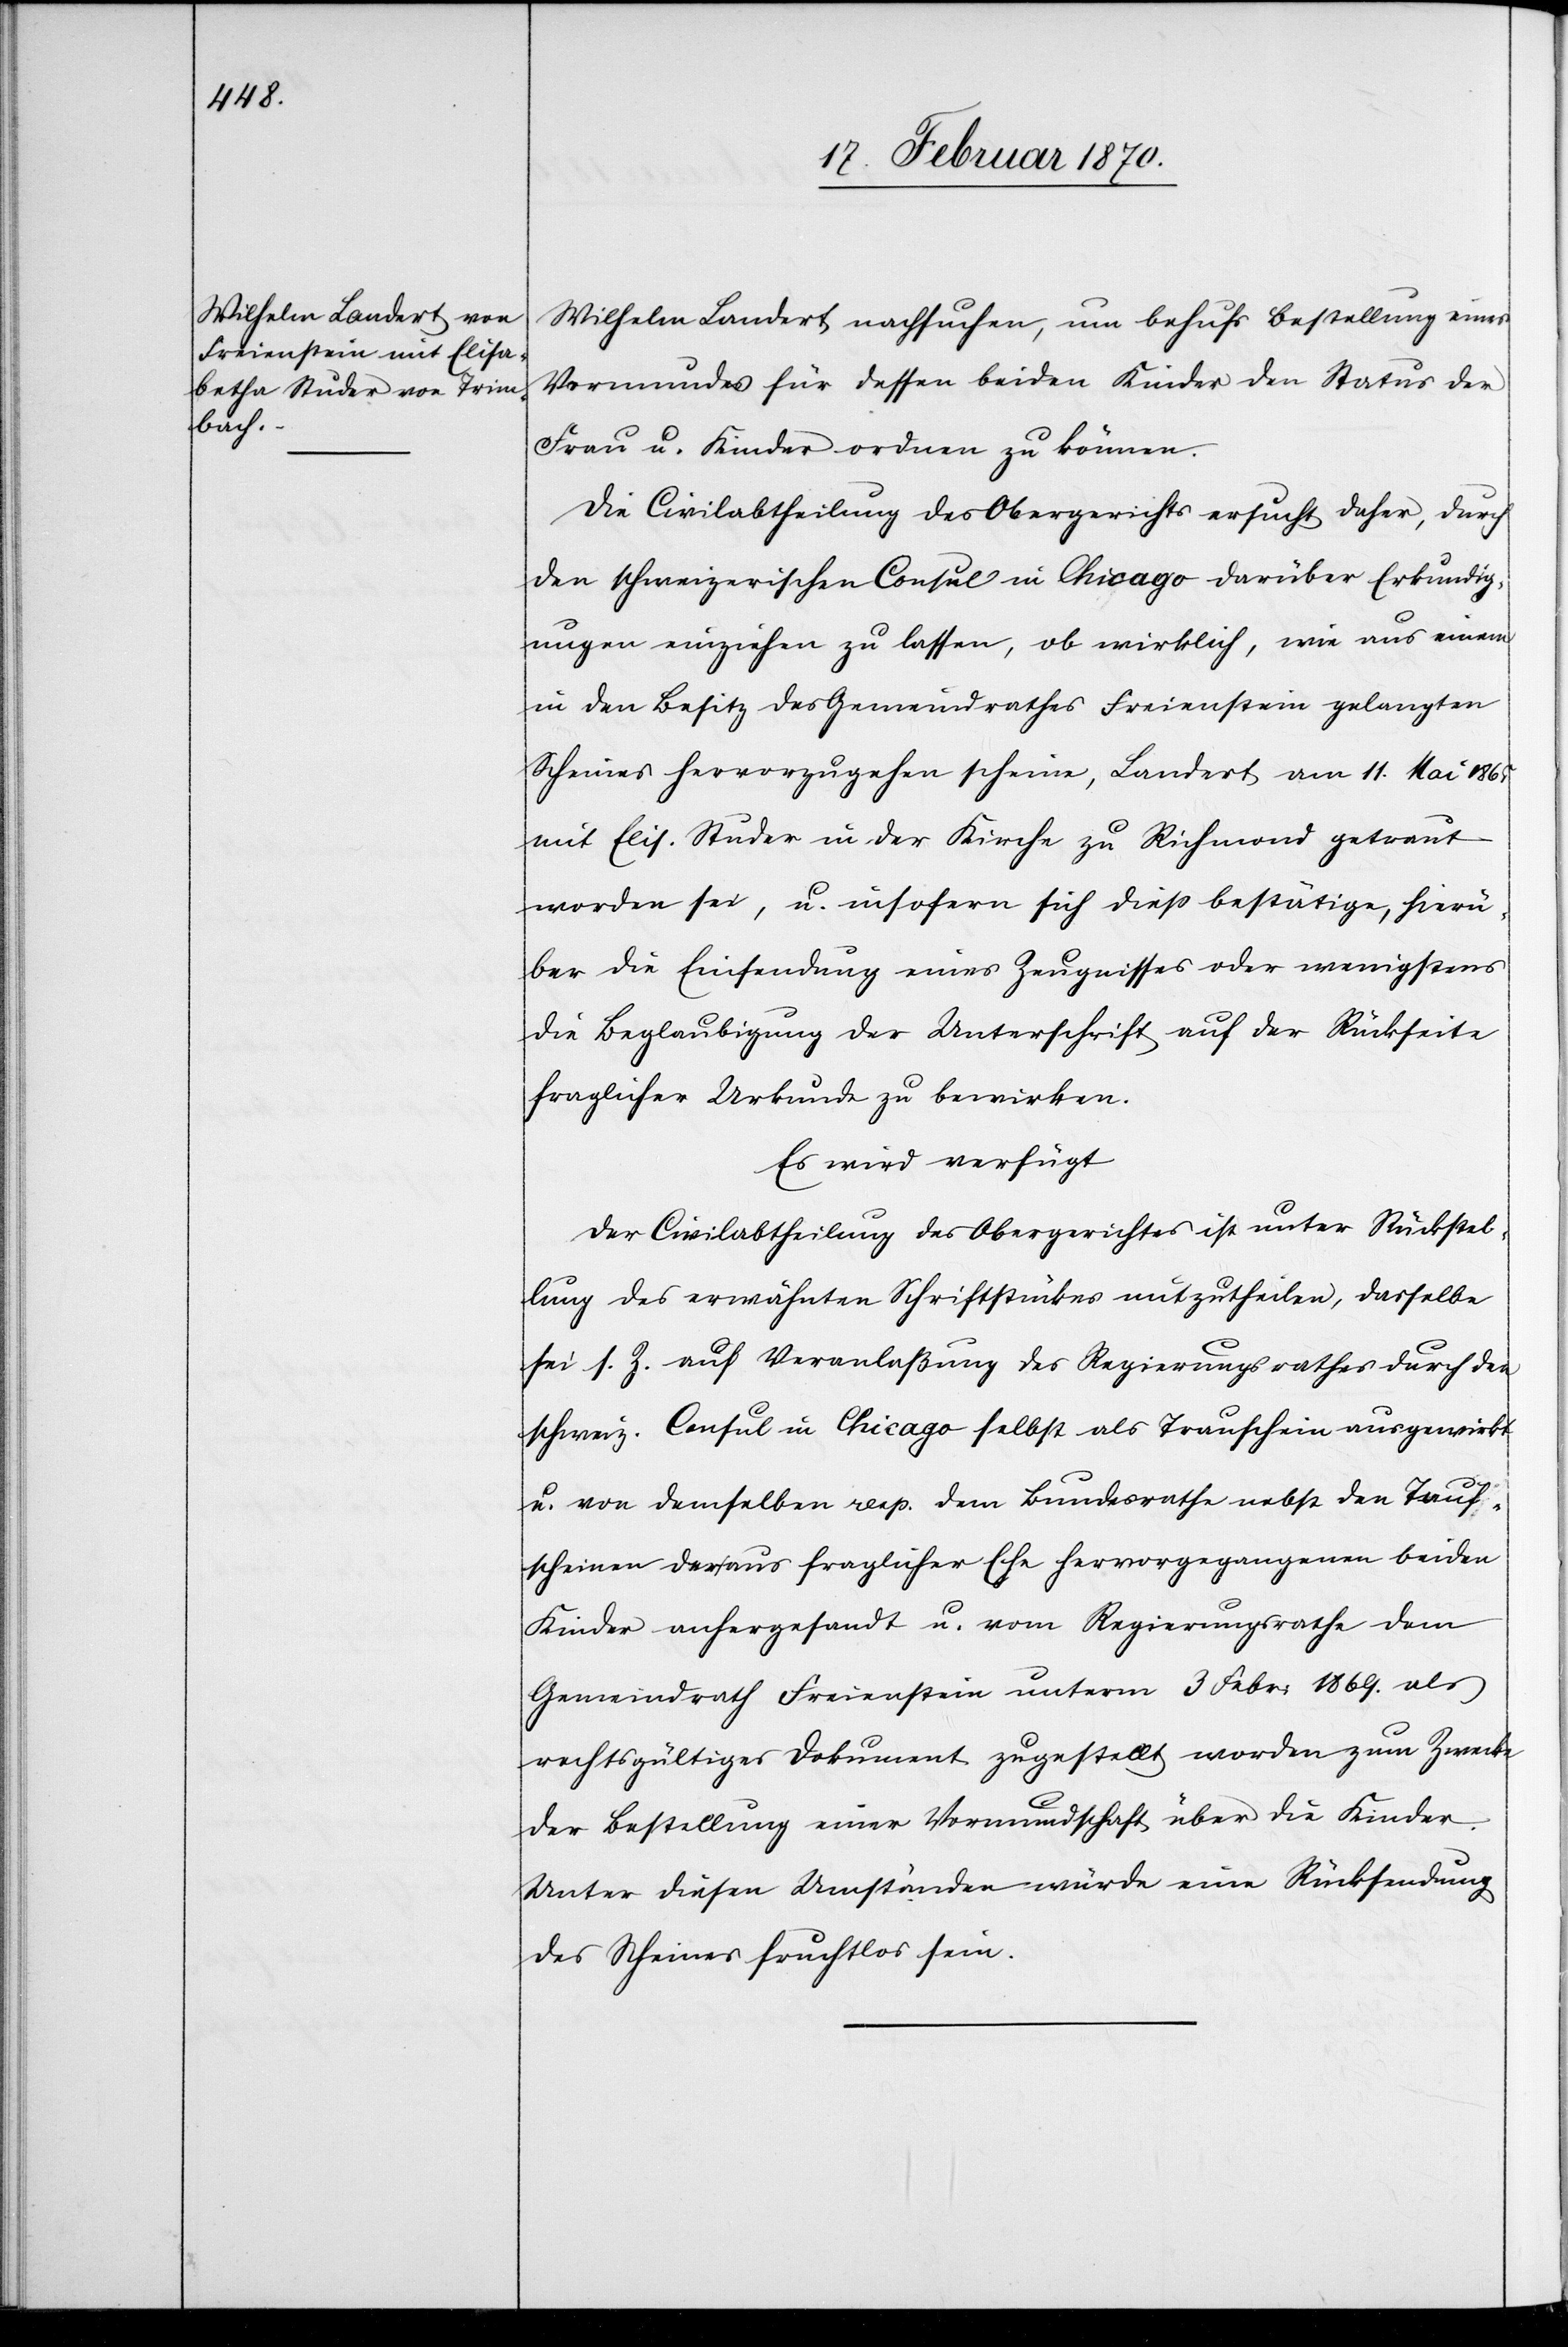
Wilhelm Landert nachsuchen [sic!], um behufs Bestellung eines
Vormundes für dessen beiden Kinder den Status der
Frau u. Kinder ordnen zu können.
Die Civilabtheilung des Obergerichts ersucht daher, durch
den schweizerischen Consul in Chicago darüber Erkundig¬
ungen einziehen zu lassen, ob wirklich, wie aus einem
in den Besitz des Gemeindrathes Freienstein gelangten
Scheines hervorzugehen scheine, Landert am 11. Mai 1865
mit Elis. Studer in der Kirche zu Richmond getraut
worden sei, u. insofern sich diess bestätige, hierü¬
ber die Einsendung eines Zeugnisses oder wenigstens
die Beglaubigung der Unterschrift auf der Rückseite
fraglicher Urkunde zu bewirken.
Es wird verfügt
Der Civilabtheilung des Obergerichtes ist unter Rückstel¬
lung des erwähnten Schriftstückes mitzutheilen, dasselbe
sei s. Z. auf Veranlaßung des Regierungsrathes durch den
schweiz. Consul in Chicago selbst als Trauschein ausgewirkt
u. von demselben resp. dem Bundesrathe nebst den Tauf¬
scheinen der aus fraglicher Ehe hervorgegangenen beiden
Kinder anhergesandt u. vom Regierungsrathe dem
Gemeindrath Freienstein unterm 3 Febr: 1869. als
rechtsgültiges Dokument zugestellt worden zum Zwecke
der Bestellung einer Vormundschaft über die Kinder.
Unter diesen Umständen würde eine Rücksendung
des Scheines fruchtlos sein.